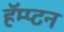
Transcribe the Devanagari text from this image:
हॅम्प्टन